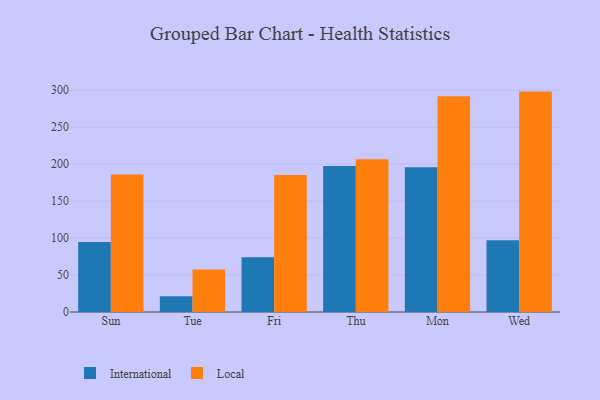
{"axis": {"x": "Day", "y": "Production Output"}, "legend": ["International", "Local"], "data": [{"x": "Sun", "y": 94.7, "type": "International"}, {"x": "Sun", "y": 186.2, "type": "Local"}, {"x": "Tue", "y": 21.3, "type": "International"}, {"x": "Tue", "y": 57.5, "type": "Local"}, {"x": "Fri", "y": 74.2, "type": "International"}, {"x": "Fri", "y": 185.5, "type": "Local"}, {"x": "Thu", "y": 197.6, "type": "International"}, {"x": "Thu", "y": 206.6, "type": "Local"}, {"x": "Mon", "y": 195.7, "type": "International"}, {"x": "Mon", "y": 291.8, "type": "Local"}, {"x": "Wed", "y": 97.2, "type": "International"}, {"x": "Wed", "y": 298.2, "type": "Local"}]}